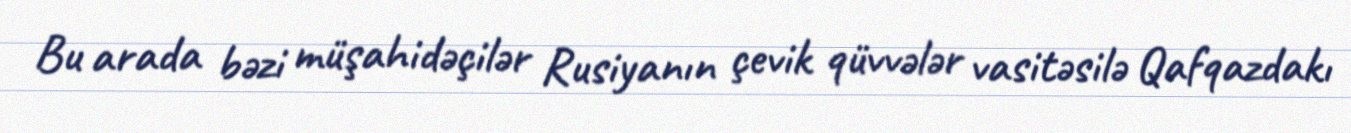
Bu arada bəzi müşahidəçilər Rusiyanın çevik qüvvələr vasitəsilə Qafqazdakı